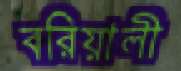
বরিয়ালী